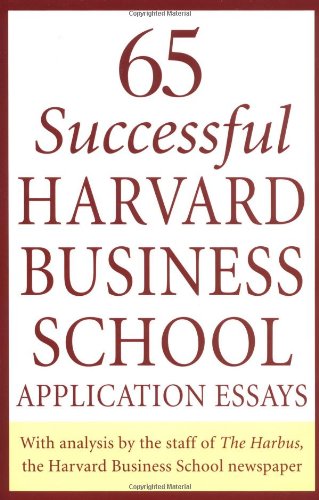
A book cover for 65 Successful Harvard Business School Application Essays: With Analysis by the Staff of the Harbus, The Harvard Business School Newspaper; Dan Erck; Education & Teaching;